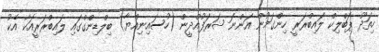
ހިތަދޫ ޕަބްލިކް ލައިބްރަރީ ހިންގަމުން އަންނަ ޝަރަފުއްދީން (ހުސައިނިއްޔާ) ބިލްޑިންގްގައި ލައިބްރަރީއަކާ އެކު